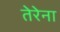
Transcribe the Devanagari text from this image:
तेरेना